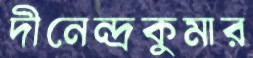
দীনেন্দ্রকুমার